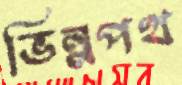
ভিন্নপথ